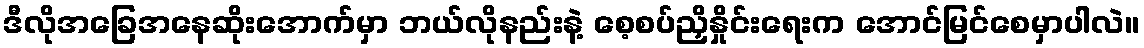
ဒီလိုအခြေအနေဆိုးအောက်မှာ ဘယ်လိုနည်းနဲ့ စေ့စပ်ညှိနှိုင်းရေးက အောင်မြင်စေမှာပါလဲ။